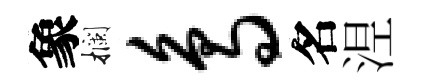
象攔鸟名𣵀